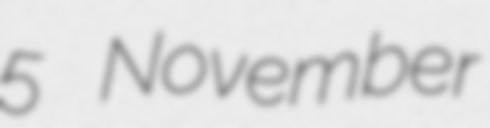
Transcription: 5 November